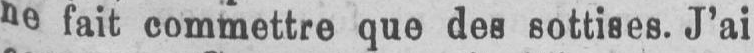
ne fait commettre que des sottises. J’ai